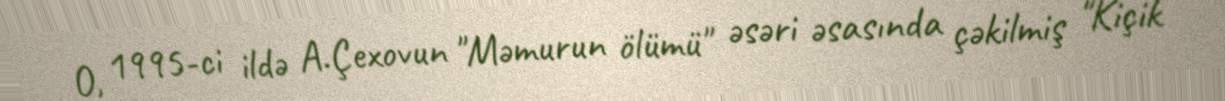
O, 1995-ci ildə A.Çexovun "Məmurun ölümü" əsəri əsasında çəkilmiş "Kiçik